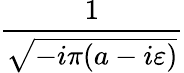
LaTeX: \frac{1}{\sqrt{-i\pi(a-i\varepsilon)}}